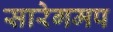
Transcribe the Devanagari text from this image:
सारेगमप